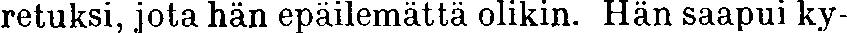
retuksi, jota hän epäilemättä olikin. Hän saapui ky-